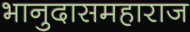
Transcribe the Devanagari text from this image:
भानुदासमहाराज